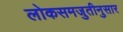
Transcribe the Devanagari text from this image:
लोकसमजुतीनुसार